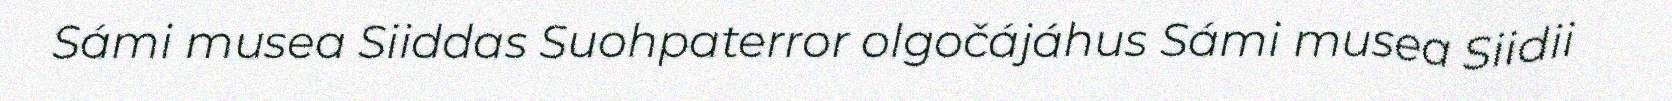
Sámi musea Siiddas Suohpaterror olgočájáhus Sámi musea Siidii